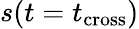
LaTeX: s(t=t_{\mathrm{cross}})